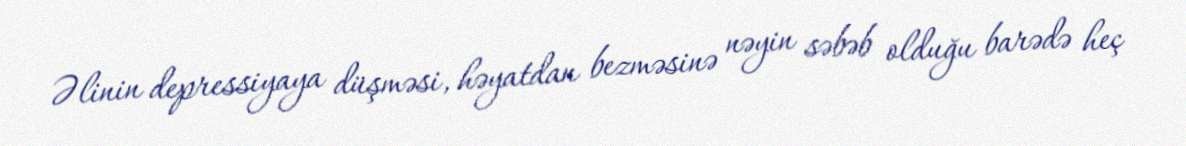
Əlinin depressiyaya düşməsi, həyatdan bezməsinə nəyin səbəb olduğu barədə heç